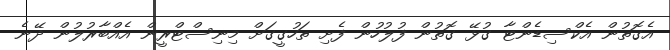
އެގޮތުން އެކްސިޑެންޓާ ގުޅޭ ގޮތުން ފުލުހުން ފެށި ތަހުގީގަށް މިނިސްޓްރީން އެއްބާރުލުން ދޭނެ